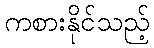
ကစားနိုင်သည့်